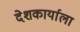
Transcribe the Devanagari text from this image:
देशकार्याला